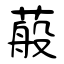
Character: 蒰